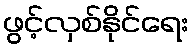
ဖွင့်လှစ်နိုင်ရေး